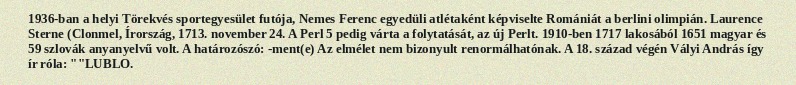
1936-ban a helyi Törekvés sportegyesület futója, Nemes Ferenc egyedüli atlétaként képviselte Romániát a berlini olimpián. Laurence Sterne (Clonmel, Írország, 1713. november 24. A Perl 5 pedig várta a folytatását, az új Perlt. 1910-ben 1717 lakosából 1651 magyar és 59 szlovák anyanyelvű volt. A határozószó: -ment(e) Az elmélet nem bizonyult renormálhatónak. A 18. század végén Vályi András így ír róla: ""LUBLO.